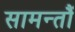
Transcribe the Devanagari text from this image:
सामन्तौं